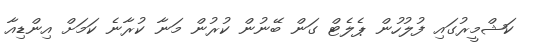
ކަޝްމީރުގައި ފުލުހުން ޕެލެޓް ގަން ބޭނުން ކުރުން މަނާ ކުރާނެ ކަމަށް އިންޑިއާ